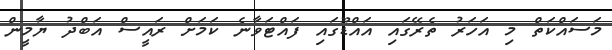
މަސައްކަތް މި އަހަރު ތެރޭގައި އައްޑޫގައި ފައްޓަވާނެ ކަމަށް ރައީސް އަބްދު ޔާމީން